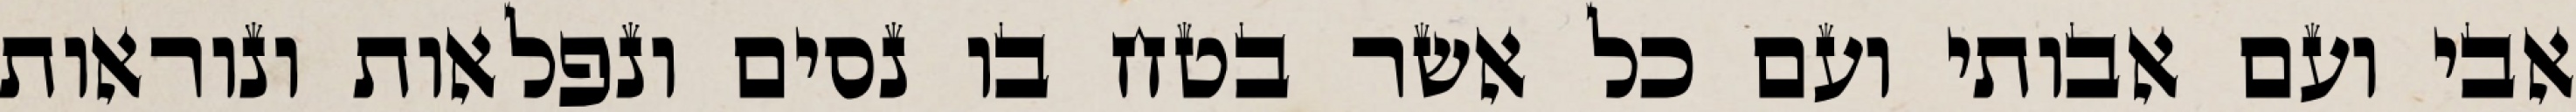
אבי ועם אבותי ועם כל אשר בטח בו נסים ונפלאות ונוראות